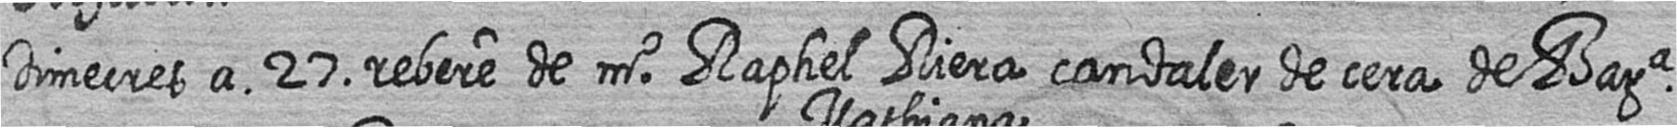
Dimecres a 27 rebere de mr Raphel Riera candaler de cera de Bara